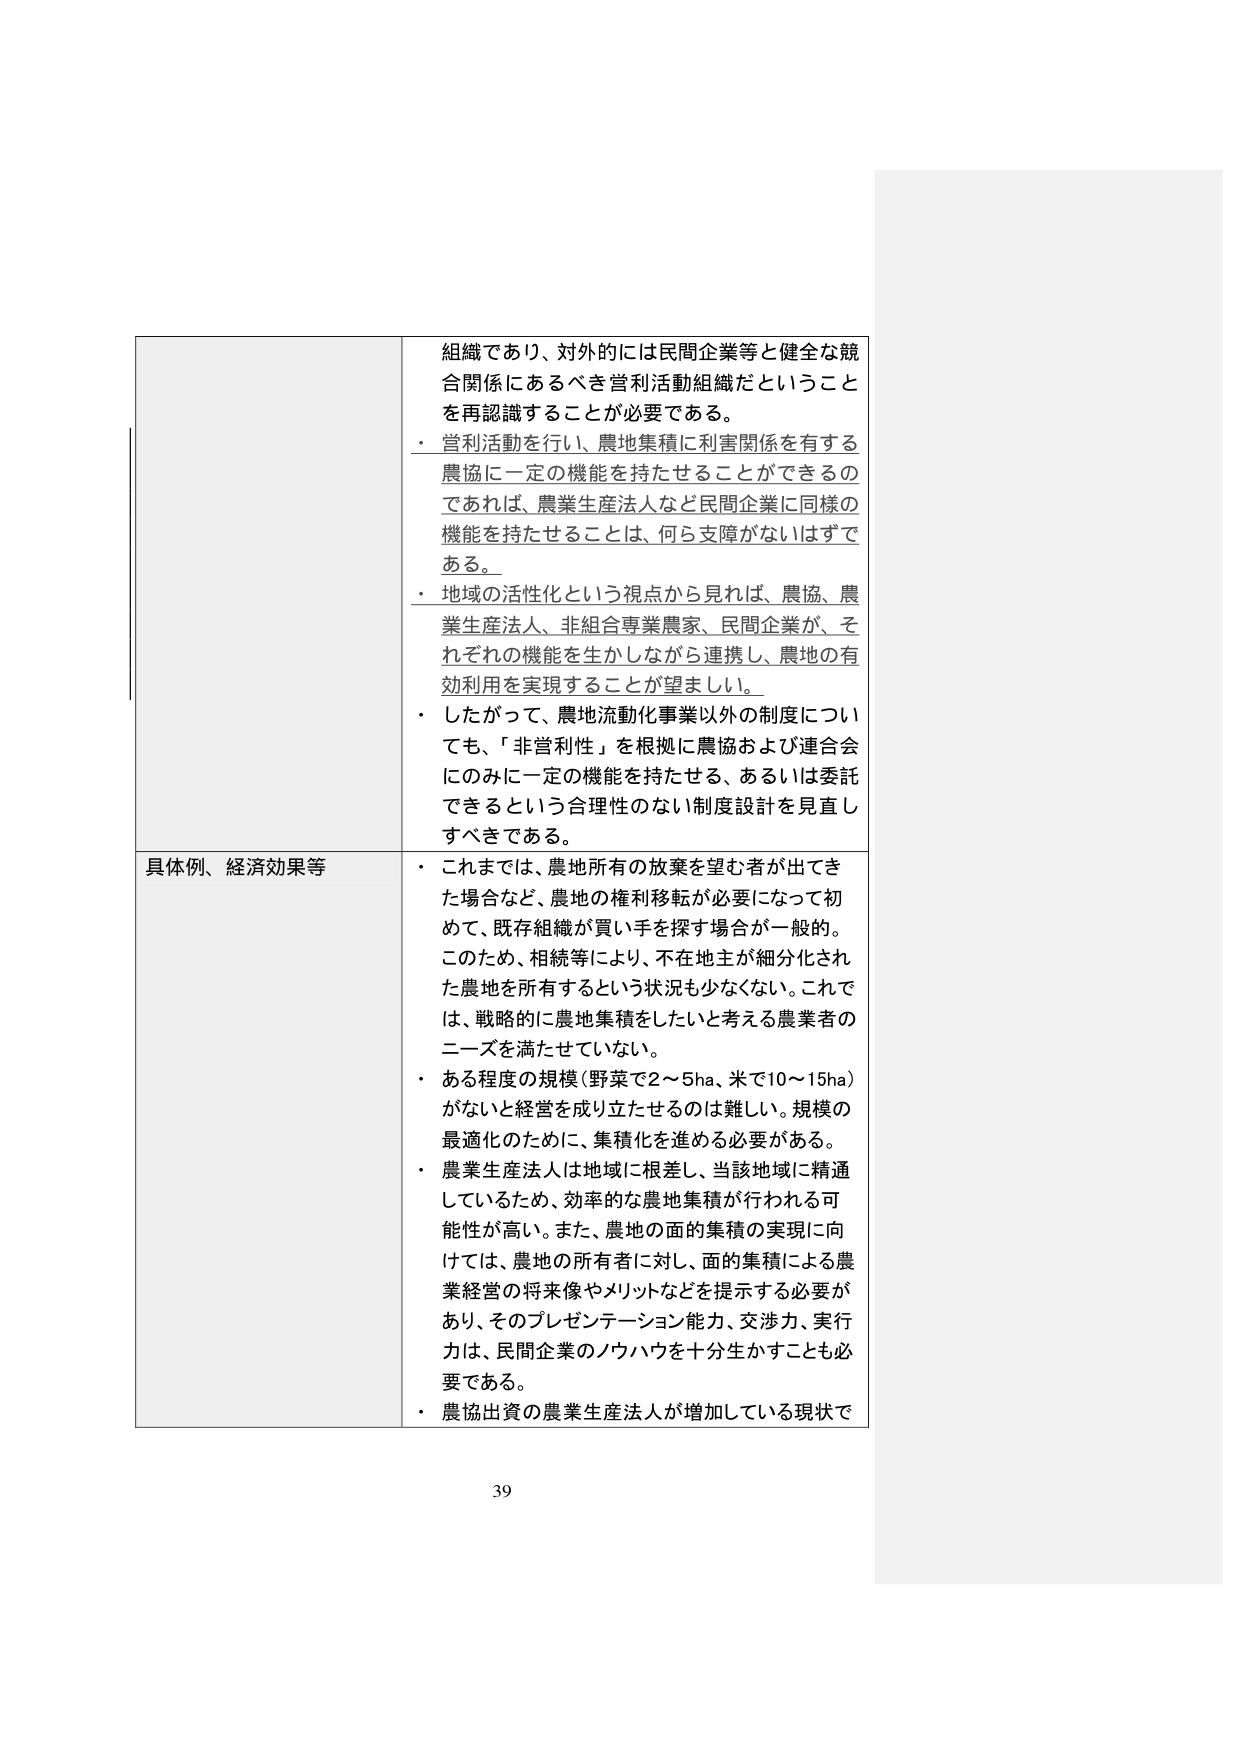
組織であり、対外的には民間企業等と健全な競合関係にあるべき営利活動組織だということを再認識することが必要である。

・営利活動を行い、農地集積に利害関係を有する農協に一定の機能を持たせることができるのであれば、農業生産法人など民間企業に同様の機能を持たせることは、何ら支障がないはずである。

・地域の活性化という視点から見れば、農協、農業生産法人、非組合専業農家、民間企業が、それぞれの機能を生かしながら連携し、農地の有効利用を実現することが望ましい。

・したがって、農地流動化事業以外の制度についても、「非営利性」を根拠に農協および連合会にのみに一定の機能を持たせる、あるいは委託できるという合理性のない制度設計を見直すべきである。

具体例、経済効果等

・これまでは、農地所有の放棄を望む者が出てきた場合など、農地の権利移転が必要になって初めて、既存組織が買い手を探す場合が一般的。このため、相続等により、不在地主が細分化された農地を所有するという状況も少なくない。これでは、戦略的に農地集積をしたいと考える農業者のニーズを満たせていない。

・ある程度の規模（野菜で2～5ha、米で10～15ha）がないと経営を成り立たせるのは難しい。規模の最適化のために、集積化を進める必要がある。

・農業生産法人は地域に根差し、当該地域に精通しているため、効率的な農地集積が行われる可能性が高い。また、農地の面的集積の実現に向けては、農地の所有者に対し、面的集積による農業経営の将来像やメリットなどを提示する必要があり、そのプレゼンテーション能力、交渉力、実行力は、民間企業のノウハウを十分生かすことも必要である。

・農協出資の農業生産法人が増加している現状で

39